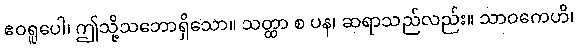
ဧဝရူပေါ၊ ဤသို့သဘောရှိသော။ သတ္ထာ စ ပန၊ ဆရာသည်လည်း။ သာဝကေဟိ၊